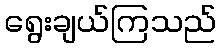
ရွေးချယ်ကြသည်